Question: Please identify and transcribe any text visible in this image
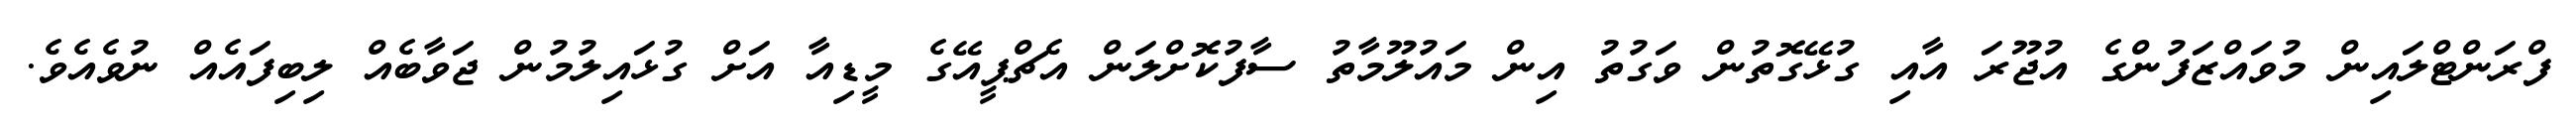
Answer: ފްރަންޓްލައިން މުވައްޒަފުންގެ އުޖޫރަ އާއި ގުޅޭގޮތުން ވަގުތު އިން މައުލޫމާތު ސާފުކޮށްލަން އެޗްޕީއޭގެ މީޑިއާ އަށް ގުޅައިލުމުން ޖަވާބެއް ލިބިފައެއް ނުވެއެވެ.